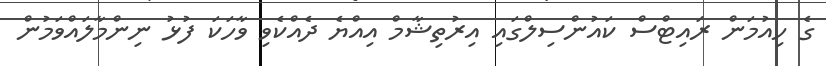
ގެ ހިއުމަން ރައިޓްސް ކައުންސިލްގައި އިރުތިޝާމް އިއްޔެ ދެއްކެވި ވާހަކަ ފުޅު ނިންމާލައްވަމުން